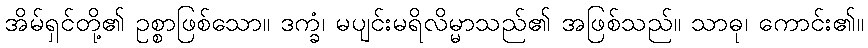
အိမ်ရှင်တို့၏ ဥစ္စာဖြစ်သော။ ဒက္ခံ၊ မပျင်းမရိလိမ္မာသည်၏ အဖြစ်သည်။ သာဓု၊ ကောင်း၏။